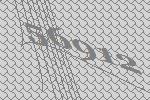
56912